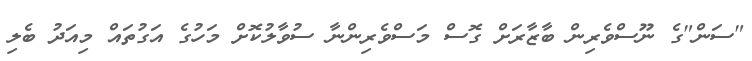
"ސަން"ގެ ނޫސްވެރިން ބާޒާރަށް ގޮސް މަސްވެރިންނާ ސުވާލުކޮށް މަހުގެ އަގުތައް މިއަދު ބެލި